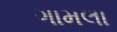
ગામલા